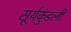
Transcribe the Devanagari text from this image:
सूर्यकुंडली